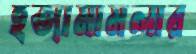
হত্যামামলার